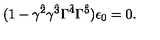
( 1 - \gamma ^ { \hat { 2 } } \gamma ^ { \hat { 3 } } \Gamma ^ { \hat { 4 } } \Gamma ^ { \hat { 5 } } ) \epsilon _ { 0 } = 0 .